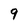
Character: 9